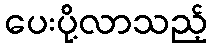
ပေးပို့လာသည့်